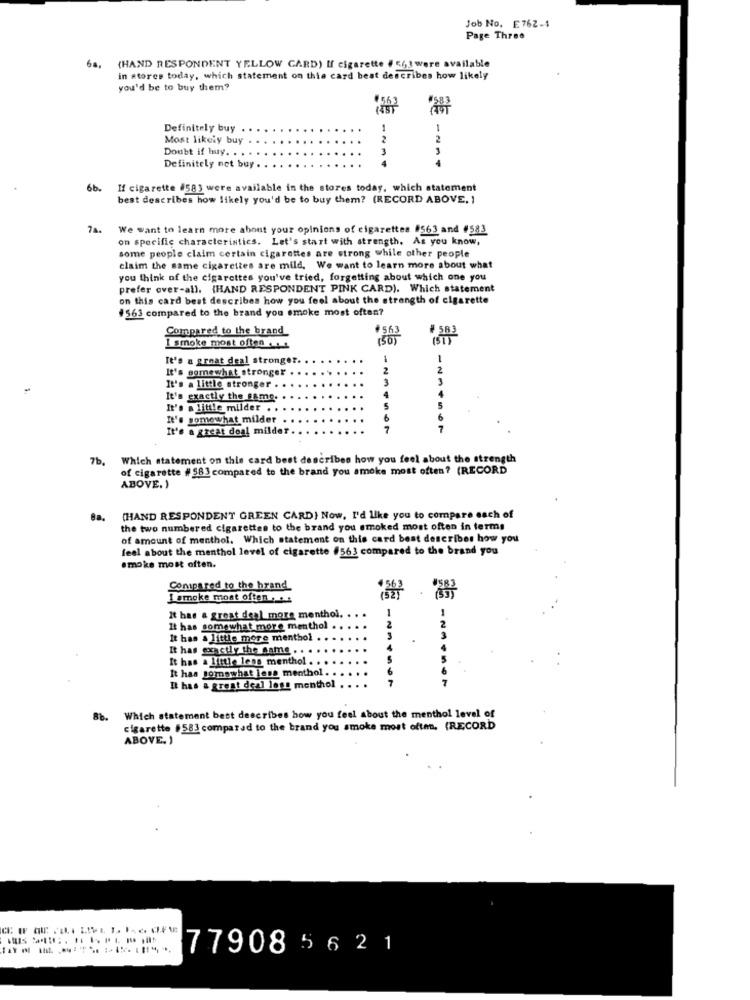
Job No. E762-4
Page Three
68.
(HAND RESPONDENT YELLOW CARD) If cigarette # 563 were available
in stores today, which statement on this card best describes how likely
you'd be to buy them?
Definitely buy .
Most likely buy .
2
Doubt if huy. . .
3
Definitely not buy . .
6b.
If cigarette #583 were available in the stores today, which statement
best describes how likely you'd be to buy them? (RECORD ABOVE. )
74.
We want to learn more about your opinions of cigarettes #563 and #583
on specific characteristics. Let's start with strength. As you know,
some people claim certain cigarettes are strong while other people
claim the same cigarettes are mild, We want to learn more about what
you think of the cigarettes you've tried, forgetting about which one you
prefer over-all. {HAND RESPONDENT PINK CARD). Which statement
on this card best describes how you feel about the strength of cigarette
#563 compared to the brand you smoke most often?
Compared to the brand
563
150
#583
I smoke most often ....
It's a great deal stronger
-
It's gernewhat stronger
It's a little stronger .
It's exactly the same.
It's a little milder .
It's somewhat milder
It's a great deal milder
7b, Which statement on this card best describes how you feel about the strength
of cigarette # 583 compared to the brand you smoke most often? (RECORD
ABOVE. )
8a.
(HAND RESPONDENT GREEN CARD) Now, I'd like you to compare each of
the two numbered cigarettes to the brand you smoked most often in terms
of amount of menthol. Which statement on this card best describes how you
feel about the menthol level of cigarette #563 compared to the brand you
smoke most often.
Compared to the brand
I smoke most often .....
It has a great deal more menthol.
It has somewhat more menthol .
2
It has a little more menthol
It has exactly the same . .
It has a little lens menthol .
It has pornowhat less menthol .
It has a great deal less menthol
86.
Which statement best describes how you feel about the menthol level of
cigarette #583 compared to the brand you smoke most often, (RECORD
ABOVE. )
7790856 2 1